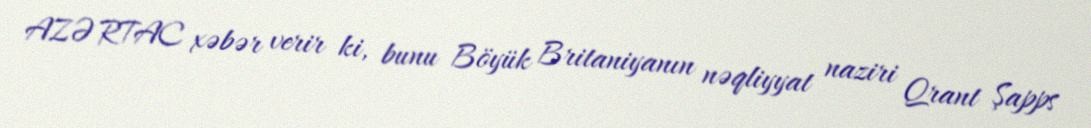
AZƏRTAC xəbər verir ki, bunu Böyük Britaniyanın nəqliyyat naziri Qrant Şapps